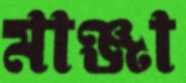
মাঞ্জা